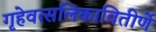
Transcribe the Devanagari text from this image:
गृहेवत्सलिकावितीर्णे